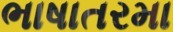
ભાષાતરમા